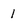
Character: 1